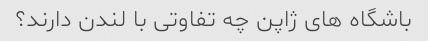
باشگاه های ژاپن چه تفاوتی با لندن دارند؟